Scottish Leaving Certificate Examination, 1960
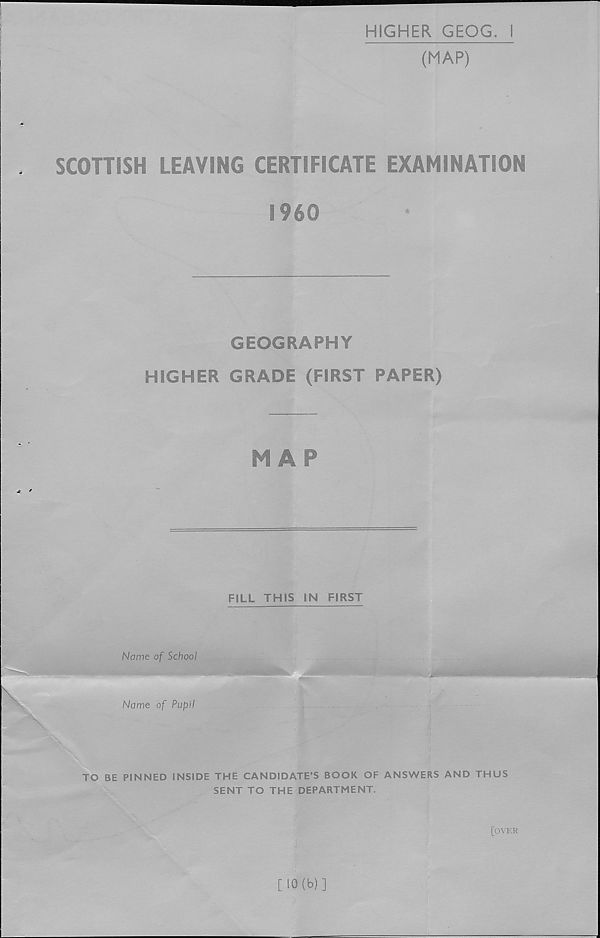
HIGHER GEOG. I
(MAP)
SCOTTISH LEAVING CERTIFICATE EXAMINATION
I960
GEOGRAPHY
HIGHER GRADE (FIRST PAPER)
MAP
FILL THIS IN FIRST
Nnmp nf Srhnnl
TO BE PINNED INSIDE THE CANDIDATE’S BOOK OF ANSWERS AND THUS
SENT TO THE DEPARTMENT.